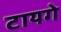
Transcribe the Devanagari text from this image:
टायगे